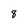
Character: 8